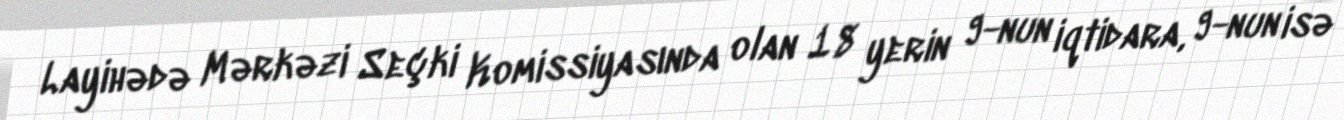
Layihədə Mərkəzi Seçki Komissiyasında olan 18 yerin 9-nun iqtidara, 9-nun isə